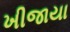
ખીજાયા